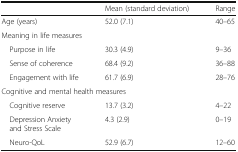
<table><thead><tr><td></td><td><b>Mean (standard deviation)</b></td><td><b>Range</b></td></tr></thead><tbody><tr><td>Age (years)</td><td>52.0 (7.1)</td><td>40–65</td></tr><tr><td colspan="3">Meaning in life measures</td></tr><tr><td> Purpose in life</td><td>30.3 (4.9)</td><td>9–36</td></tr><tr><td> Sense of coherence</td><td>68.4 (9.2)</td><td>36–88</td></tr><tr><td> Engagement with life</td><td>61.7 (6.9)</td><td>28–76</td></tr><tr><td colspan="3">Cognitive and mental health measures</td></tr><tr><td> Cognitive reserve</td><td>13.7 (3.2)</td><td>4–22</td></tr><tr><td> Depression Anxiety and Stress Scale</td><td>4.3 (2.9)</td><td>0–19</td></tr><tr><td> Neuro-QoL</td><td>52.9 (6.7)</td><td>12–60</td></tr></tbody></table>